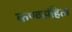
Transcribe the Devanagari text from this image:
कण्वसंहिता